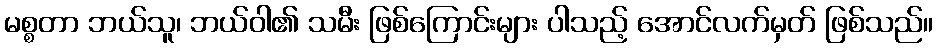
မစ္စတာ ဘယ်သူ၊ ဘယ်ဝါ၏ သမီး ဖြစ်ကြောင်းများ ပါသည့် အောင်လက်မှတ် ဖြစ်သည်။